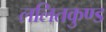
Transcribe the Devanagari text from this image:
ललितकुण्ड